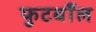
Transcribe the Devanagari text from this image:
फुटबाँल